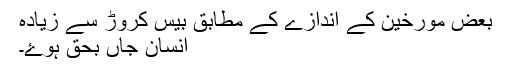
بعض مورخین کے اندازے کے مطابق بیس کروڑ سے زیادہ
انسان جاں بحق ہوۓ۔